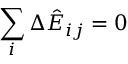
\sum _ { i } \Delta \hat { E } _ { i j } = 0